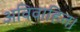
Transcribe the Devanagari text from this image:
अविवाहित।